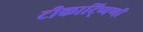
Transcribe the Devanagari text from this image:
टीकाटि्प्पणी